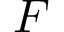
{ \mathbf { } } F